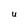
Character: U